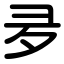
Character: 夛